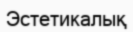
Эстетикалық